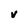
Character: V